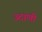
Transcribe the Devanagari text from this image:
उदाणी